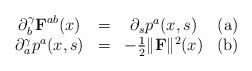
LaTeX: \begin{align*} \begin{array}{cccc} \partial_b^\gamma \textbf{F}^{ab}(x) & = & \partial_sp^a(x,s) & \hbox{(a)} \\ \partial_a^\gamma p^a(x,s) & = & -\frac{1}{2}\|\textbf{F}\|^2(x) & \hbox{(b)} \end{array}\end{align*}